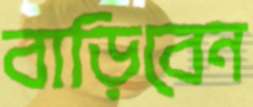
বাড়িবেন